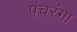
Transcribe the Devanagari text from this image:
पंचरंगा